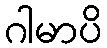
ဂါမာပိ